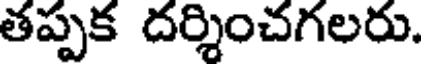
తప్పక దర్శించగలరు.